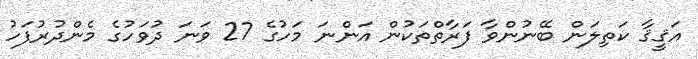
އަޤީޤާ ކަތިލަން ބޭނުންވާ ފަރާތްތަކުން އަންނަ މަހުގެ 27 ވަނަ ދުވަހުގެ މެންދުރުފަހު